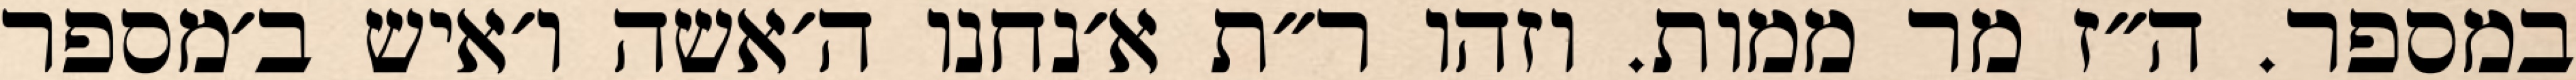
במספר. ה״ז מר ממות. וזהו ר״ת א׳נחנו ה׳אשה ו׳איש ב׳מספר